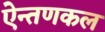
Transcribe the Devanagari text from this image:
ऐन्तणकल